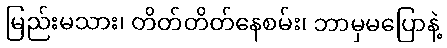
မြည်းမသား၊ တိတ်တိတ်နေစမ်း၊ ဘာမှမပြောနဲ့